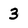
Character: 3